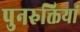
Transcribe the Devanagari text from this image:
पुनरुक्तियां